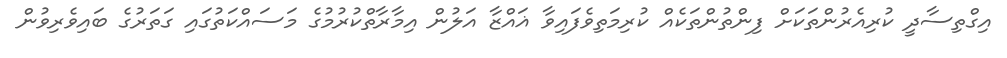
އިގްތިސާދީ ކުރިއެރުންތަކަށް ފިންތުންތަކެއް ކުރިމަތިވެފައިވާ ޣައްޒާ އަލުން އިމާރާތްކުރުމުގެ މަސައްކަތުގައި ގަތަރުގެ ބައިވެރިވުން